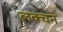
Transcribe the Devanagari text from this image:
लक्चन